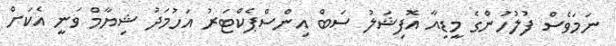
ނަމަވެސް ފުލުހުންގެ މީޑިއާ އޮފިޝަލު ސަބް އިންސްޕެކްޓަރު އަހުމަދު ޝިޔާމް ވަނީ އެކަށް